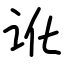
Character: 讹